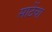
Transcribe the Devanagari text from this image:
साठेंचा